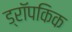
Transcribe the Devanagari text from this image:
ड्रॉपकिक